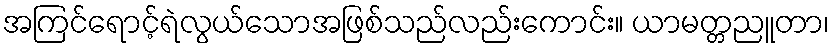
အကြင်ရောင့်ရဲလွယ်သောအဖြစ်သည်လည်းကောင်း။ ယာမတ္တညူတာ၊